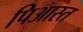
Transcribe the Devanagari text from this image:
पिआस्त